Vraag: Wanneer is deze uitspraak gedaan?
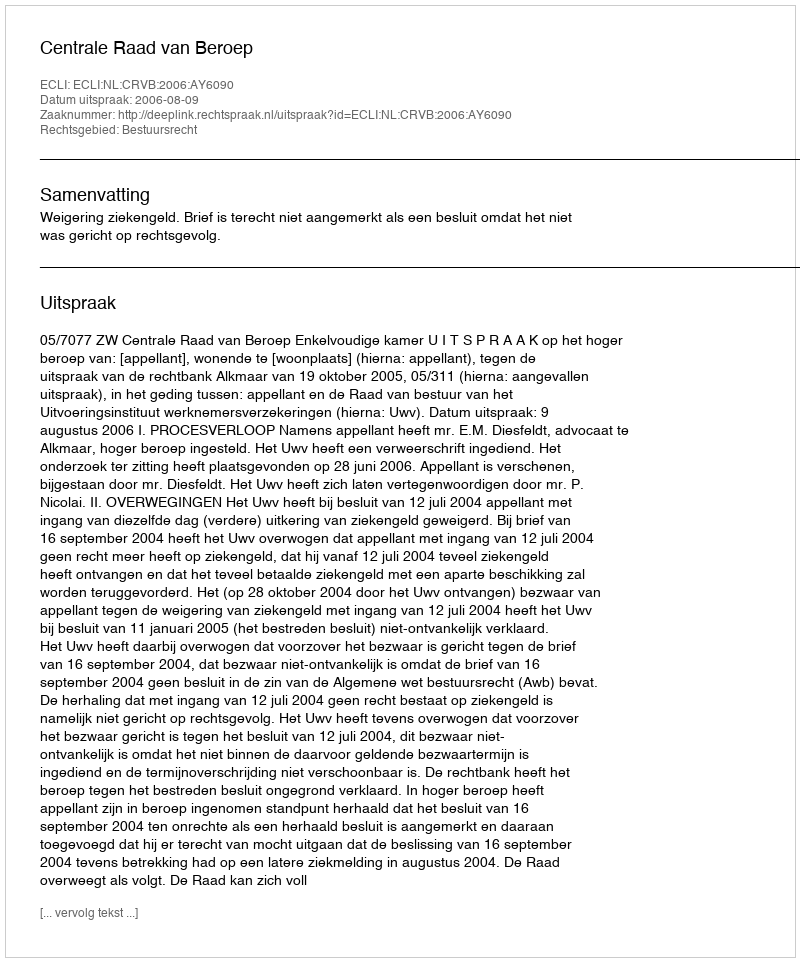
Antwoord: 2006-08-09